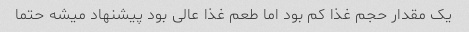
یک مقدار حجم غذا کم بود اما طعم غذا عالی بود پیشنهاد میشه حتما